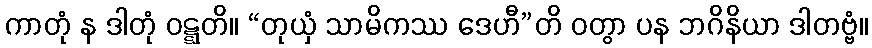
ကာတုံ န ဒါတုံ ဝဋ္ဋတိ။ “တုယှံ သာမိကဿ ဒေဟီ”တိ ဝတွာ ပန ဘဂိနိယာ ဒါတဗ္ဗံ။